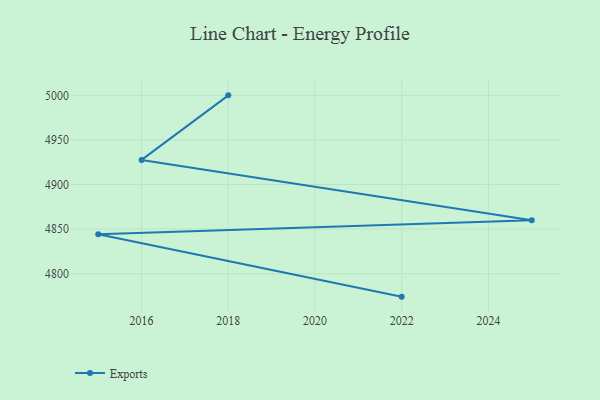
{"axis": {"x": "Year", "y": "Revenue (USD Million)"}, "legend": ["Exports"], "data": [{"x": "2022", "y": 4774.2, "type": "Exports"}, {"x": "2015", "y": 4844.3, "type": "Exports"}, {"x": "2025", "y": 4859.8, "type": "Exports"}, {"x": "2016", "y": 4927.6, "type": "Exports"}, {"x": "2018", "y": 5000, "type": "Exports"}]}